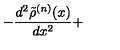
- \frac { d ^ { 2 } \tilde { \rho } ^ { ( n ) } ( x ) } { d x ^ { 2 } } +